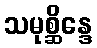
သမုစ္ဆိန္ဒေ